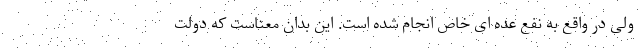
ولی در واقع به نفع عده ای خاص انجام شده است. این بدان معناست که دولت